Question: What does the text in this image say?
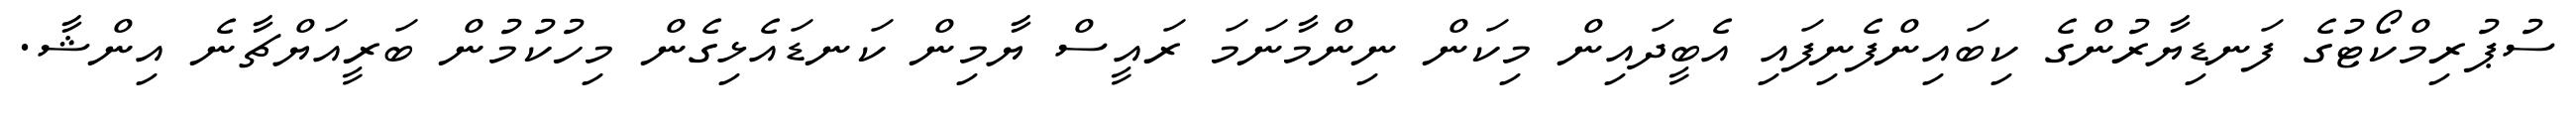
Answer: ސުޕުރިމްކޯޓުގެ ފަނޑިޔާރުންގެ ކިބައިންފެނިފައި އެބީދައިން މިކަން ނިންމާނަމަ ރައީސް ޔާމިން ކަނޑައެޅިގެން މިހުކުމުން ބަރީއަޔްޗާނެ އިންޝާ.